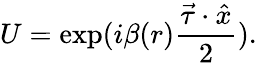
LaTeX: U=\exp(i\beta(r)\frac{\vec{\tau}\cdot\hat{x}}{2}).